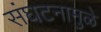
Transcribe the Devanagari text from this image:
संघटनामुळे